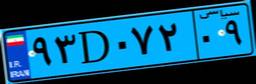
۷۰D۷۰۱۷۵